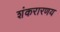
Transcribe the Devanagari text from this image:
शंकरारणय